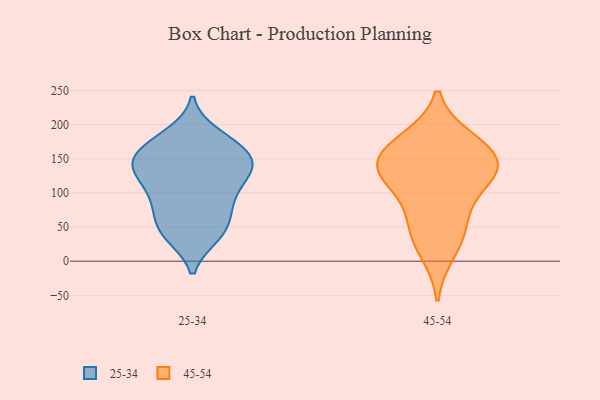
{"axis": {"x": "Website Visitors", "y": "Value"}, "legend": ["25-34", "45-54"], "data": [{"x": "", "y": 127, "type": "25-34"}, {"x": "", "y": 185, "type": "25-34"}, {"x": "", "y": 117, "type": "25-34"}, {"x": "", "y": 148, "type": "25-34"}, {"x": "", "y": 143, "type": "25-34"}, {"x": "", "y": 78, "type": "25-34"}, {"x": "", "y": 98, "type": "25-34"}, {"x": "", "y": 174, "type": "25-34"}, {"x": "", "y": 88, "type": "25-34"}, {"x": "", "y": 38, "type": "25-34"}, {"x": "", "y": 39, "type": "25-34"}, {"x": "", "y": 48, "type": "25-34"}, {"x": "", "y": 127, "type": "25-34"}, {"x": "", "y": 138, "type": "25-34"}, {"x": "", "y": 79, "type": "25-34"}, {"x": "", "y": 174, "type": "25-34"}, {"x": "", "y": 150, "type": "25-34"}, {"x": "", "y": 142, "type": "25-34"}, {"x": "", "y": 167, "type": "25-34"}, {"x": "", "y": 45, "type": "25-34"}, {"x": "", "y": 157, "type": "45-54"}, {"x": "", "y": 89, "type": "45-54"}, {"x": "", "y": 139, "type": "45-54"}, {"x": "", "y": 143, "type": "45-54"}, {"x": "", "y": 12, "type": "45-54"}, {"x": "", "y": 177, "type": "45-54"}, {"x": "", "y": 123, "type": "45-54"}, {"x": "", "y": 140, "type": "45-54"}, {"x": "", "y": 50, "type": "45-54"}, {"x": "", "y": 121, "type": "45-54"}, {"x": "", "y": 179, "type": "45-54"}, {"x": "", "y": 47, "type": "45-54"}]}